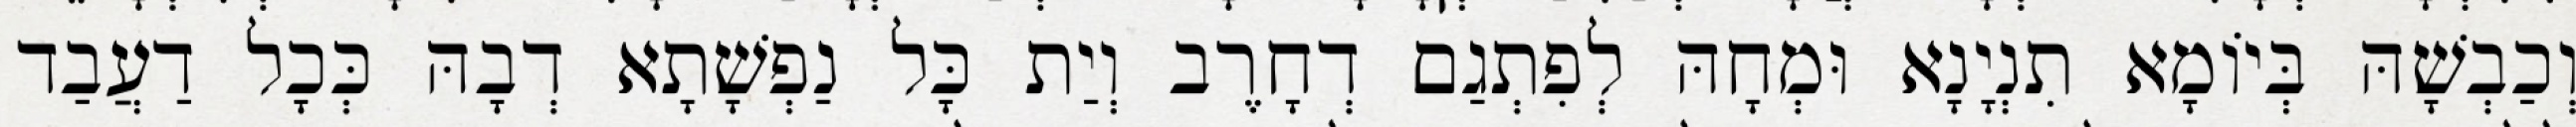
וְכַבְשָׁהּ בְּיוֹמָא תִנְיָנָא וּמְחָהּ לְפִתְגַם דְחָרֶב וְיַת כָּל נַפְשָׁתָא דְבָהּ כְּכָל דַעֲבַד